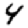
Digit: 4